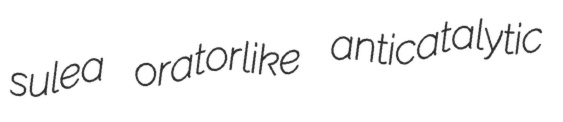
sulea oratorlike anticatalytic